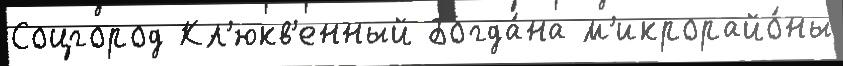
Соцгород Кл'юкв'енный Богда́на м'икрорайо́ны